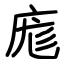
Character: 庬